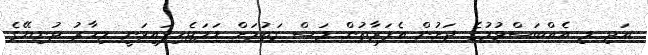
އަދި މި އެއްބަސްވުމުގެ ދަށުން އެފަރާތުން މަސް ގަތުމަށް ހަމަޖެހިފައިވަނީ މިހާރު ދުނިޔޭގެ